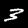
Digit: 3